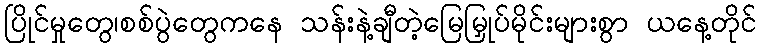
ပြိုင်မှုတွေ၊စစ်ပွဲတွေကနေ သန်းနဲ့ချီတဲ့မြေမြှုပ်မိုင်းများစွာ ယနေ့တိုင်